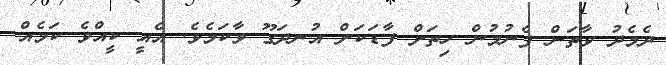
ދެމެދު ވާތަން ފެނުމުން ހިތަށް ފާޑަކަށް އުނދަގޫ ވާކަމެވެ. އެއީ ކީއްވެ ކަމެއް